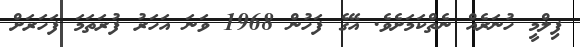
ފިލްމީ ހުނަރެއް ނެތްކަމަށެވެ. އޭގެ ފަހުން 1968 ވަނަ އަހަރު ފުރަތަމަ ފަހަރަށް